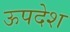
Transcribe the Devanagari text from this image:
ऊपदेश